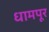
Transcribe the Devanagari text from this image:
धामपूर